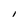
Character: I